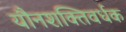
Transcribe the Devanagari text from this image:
यौनशक्तिवर्धक